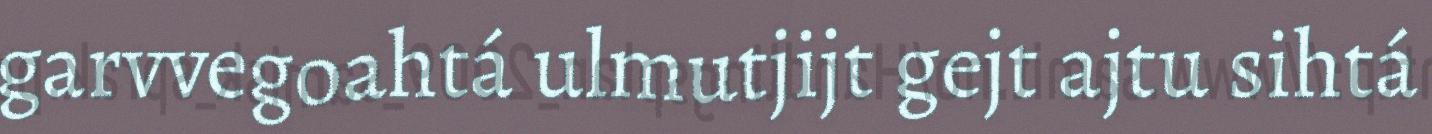
garvvegoahtá ulmutjijt gejt ajtu sihtá